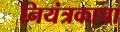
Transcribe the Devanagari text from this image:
नियंत्रकाचा